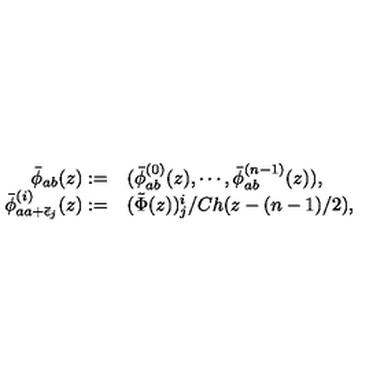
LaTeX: \begin{array} { r l } { \bar { \phi } _ { a b } ( z ) : = } & { ( \bar { \phi } _ { a b } ^ { ( 0 ) } ( z ) , \cdots , \bar { \phi } _ { a b } ^ { ( n - 1 ) } ( z ) ) , } \\ { \bar { \phi } _ { a a + \bar { \epsilon } _ { j } } ^ { ( i ) } ( z ) : = } & { ( \tilde { \Phi } ( z ) ) _ { j } ^ { i } / C h ( z - ( n - 1 ) / 2 ) , } \\ \end{array}